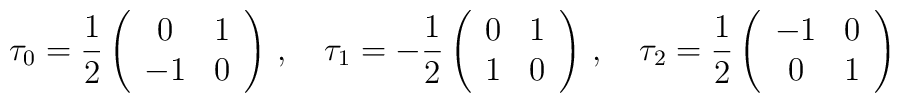
\tau_0 = \frac 12\left(\begin{array}{cc} 0 & 1 \\ -1 & 0 \end{array}                 \right)\,, \quad\tau_1 = -\frac 12\left(\begin{array}{cc} 0 & 1 \\ 1 & 0 \end{array}                 \right)\,, \quad\tau_2 = \frac 12\left(\begin{array}{cc} -1 & 0 \\ 0 & 1 \end{array}                 \right)\,